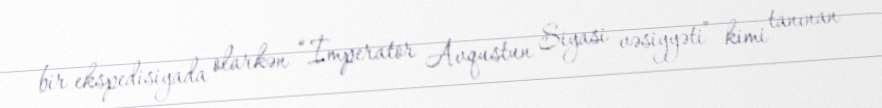
bir ekspedisiyada olarkən “İmperator Avqustun Siyasi vəsiyyəti” kimi tanınan